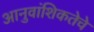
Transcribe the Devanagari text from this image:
आनुवांशिकतेचे